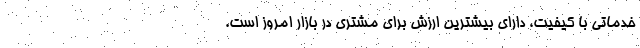
خدماتی با کیفیت، دارای بیشترین ارزش برای مشتری در بازار امروز است.